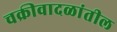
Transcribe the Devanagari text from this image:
चक्रीवादळांतील